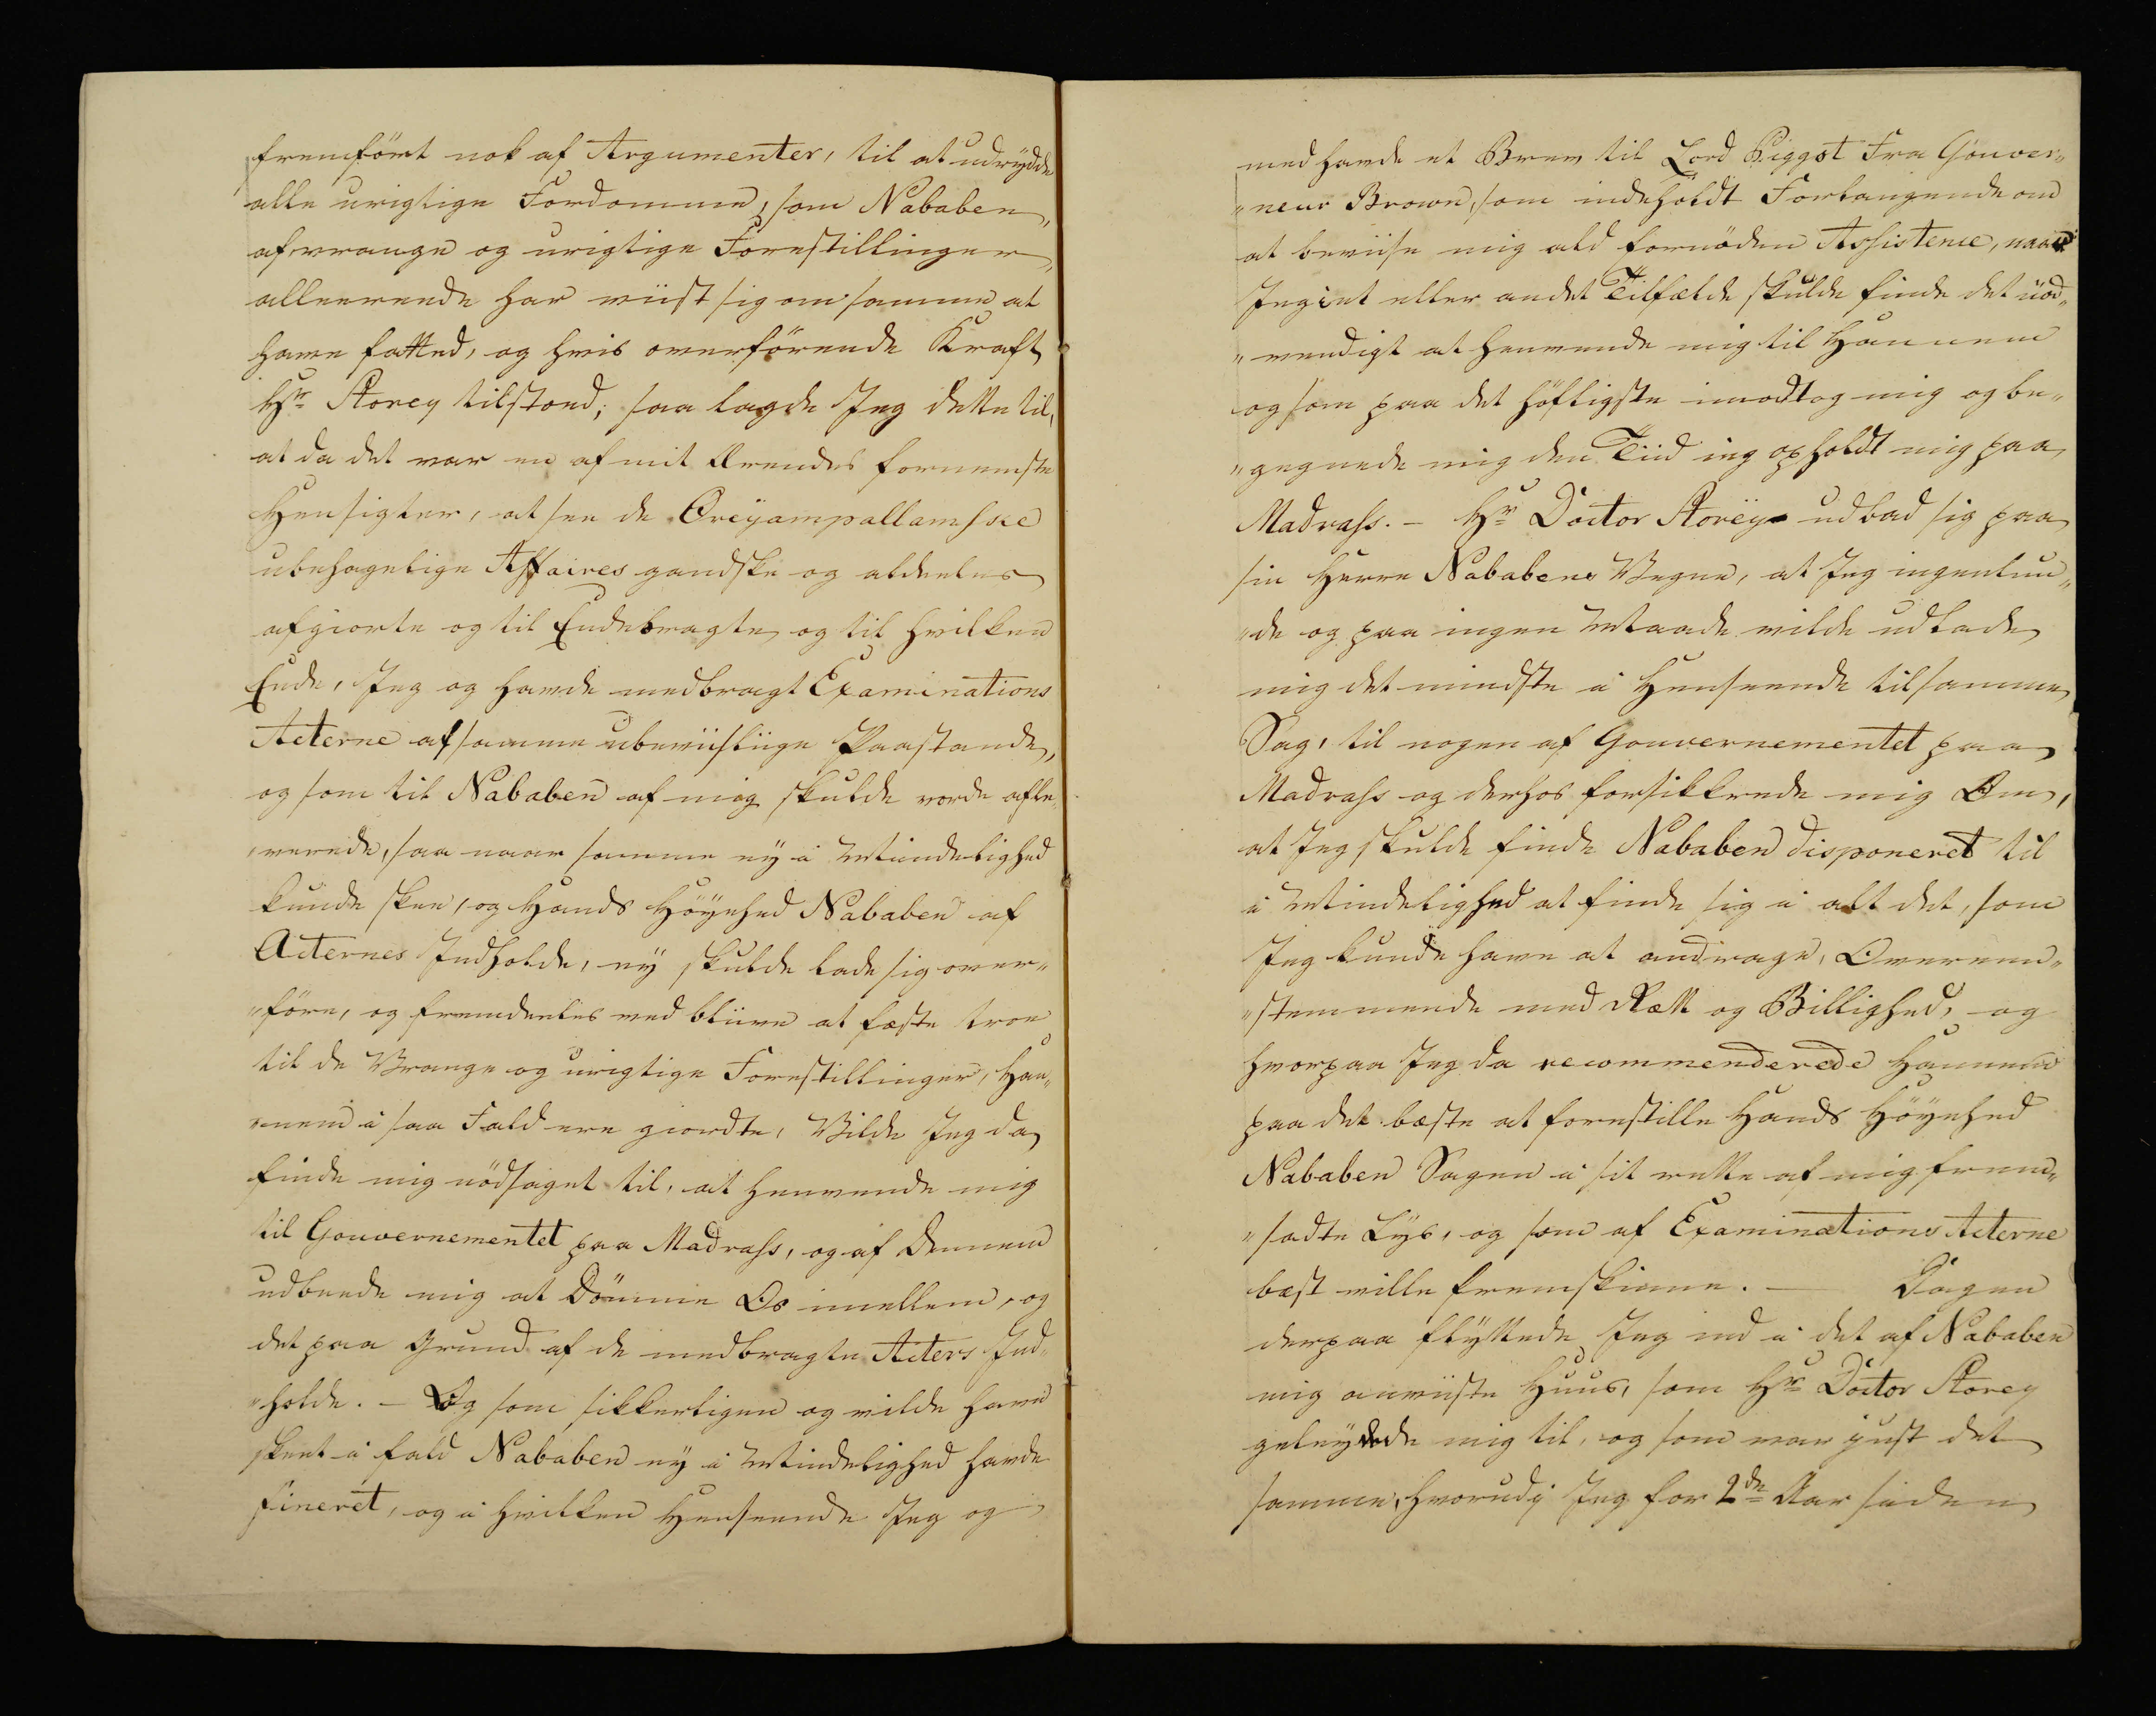
Transkription:
fremfört nok af Argumenter, til at udrydde
alle urigtige Fordomme, som Nababen,
af vrange og urigtige Forestillinger, 
allerede har viist sig om somme at
have fatted, og hvis overförende Kraft
Hr Storey tilstoed; saa lagde Jeg dette til
at da det var en af mit Ærendes fornemste
Hensigter, at see de Oreyampallamske
ubehagelige Affaires gandske og aldeles
afgiorte og til Endebragte og til hvilken
Ende, Jeg og havde medbragt Examinations
Acterne af samme ubeviisliige Paastande,
og som til Nababen af mig skulde vorde afle„
„verede, saa naar samme nye Mindelighed
kunde skee, og Hands Höyehed Nababen af
Acternes Jndholde, ny skulde lade sig over„
„före, og fremdeles ved bliive at fæste troe
til de Vrænge og urigtige Forestillinger, Han„
„nem i saa Fald ere giordte, Vilde Jeg dog
finde mig nödsaget til, at henvende mig
til Gouvernementet paa Madrass, og af Dennem
udbeede mig at Dømme Os imellem, og
det paa Grund af de medbragte Acters Ind„
„holde. - Og som sikkerligen og vilde have
skeet i fald Nababen ey i Mindelighed havde
fineret, og i hvilken Henseende Jeg og

med havde et Brev til Lord Piggot fra Gouver„
„neur Brown, som indeholdt Forlangende om
at beviise mig ald fornöden Assistence, naar
Jeg i et eller andet Tilfælde skulde finde det nöd„
„vendigt at henvende mig til Ham med
og som paa det höfligste imodtog mig og be„
„gegende mig den Tiid ieg opholdt mig paa
Madrass. - Hr Doctor Storey udbad sig paa
sin Herre Nababens Vegne, at Jeg ingenlun„
„de og paa ingen Maade vilde udlade
mig det mindste i Henseende tilsamme
Sag, til nogen af Gouvernementet paa
Madrass og derhos forsikkrede mig Over,
at Jeg skulde finde Nababen disponeret til
i Mindelighed at finde sig i alt det, som
Jeg kunde have at andrage, Overene„
„stemmende med Rætt og Billighed, og
hvorpaa Jeg da recommenderede Hannem
paa det bæste at forestille Hands Höyehed
Nababen Sagen i sit rette af mig frem„
„sadte Lys, og som af Examinations Acterne
bæst ville fremskinne. — Dagen
derpaa flyttede Jeg ned i det af Nababen
mig anviiste Huus, som Hr Doctor Storey
geleydede mig til, og som var just det
samme, hvorudi Jeg for 2de Aar siden